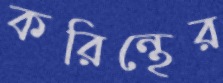
করিন্থের